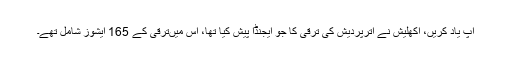
آپ یاد کریں، اکھلیش نے اترپردیش کی ترقی کا جو ایجنڈا پیش کیا تھا، اس میںترقی کے 165 ایشوز شامل تھے۔